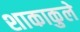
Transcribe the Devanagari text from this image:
शाकाकुले